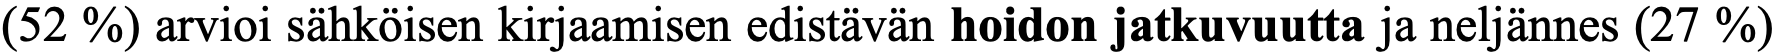
(52 %) arvioi sähköisen kirjaamisen edistävän hoidon jatkuvuutta ja neljännes (27 %)